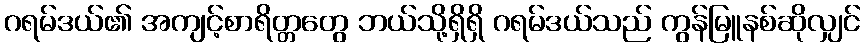
ဂရမ်ဒယ်၏ အကျင့်စာရိတ္တတွေ ဘယ်သို့ရှိရှိ ဂရမ်ဒယ်သည် ကွန်မြူနစ်ဆိုလျှင်